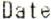
DATE